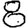
Digit: 8